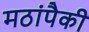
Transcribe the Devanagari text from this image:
मठांपैकी